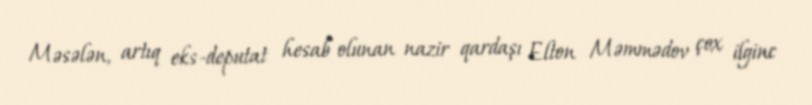
Məsələn, artıq eks-deputat hesab olunan nazir qardaşı Elton Məmmədov çox ilginc